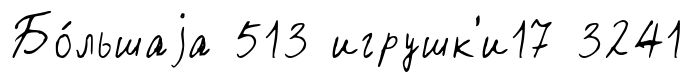
Бо́льшаjа 513 игрушк'и17 3241